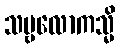
သဗ္ဗလောကသ္မိ